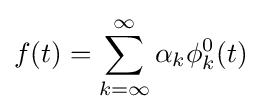
f(t)=\sum _{k=\infty }^{\infty }\alpha _{k}\phi _{k}^{0}(t)